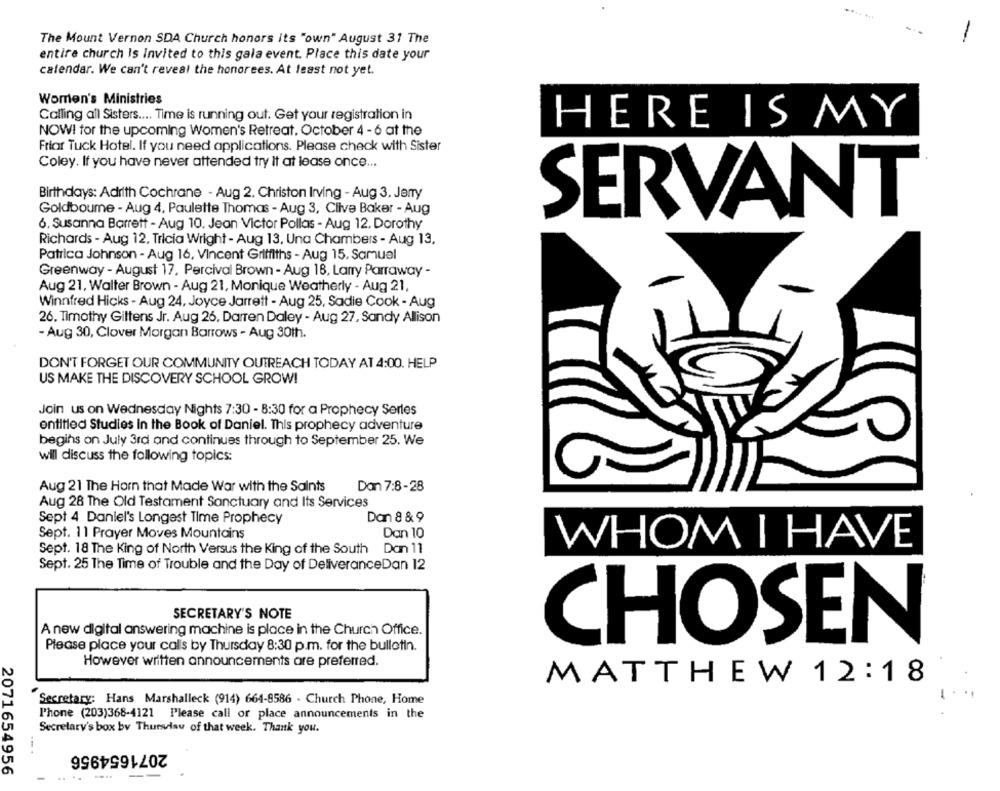
The Mount Vernon SDA Church honors its "own" August 31 The
entire church Is invited to this gala event. Place this date your
calendar. We can't reveal the honorees. At least not yet.
Women's Ministries
Calling all Sisters .... Time is running out. Get your registration in
HERE IS MY
NOWI for the upcoming Women's Retreat. October 4 - 6 at the
Friar Tuck Hotel. If you need applications. Please check with Sister
Coley. If you have never attended try It at lease once ...
Birthdays: Adrith Cochrane - Aug 2. Christon Irving - Aug 3. Jerry
Goldboume - Aug 4, Paulette Thomas - Aug 3, Clive Baker - Aug
SERVANT
6. Susanna Barrett - Aug 10. Jean Victor Pollas - Aug 12. Dorothy
Richards - Aug 12, Tricia Wright - Aug 13, Una Chambers - Aug 13,
Patrica Johnson - Aug 16, Vincent Griffiths - Aug 15. Samuel
Greenway - August 17, Percival Brown - Aug 18, Larry Parraway -
Aug 21, Walter Brown - Aug 21, Monique Weatherly - Aug 21,
Winnfred Hicks - Aug 24, Joyce Jarrett - Aug 25, Sadie Cook - Aug
26. Timothy Giltens Jr. Aug 26, Darren Daley - Aug 27, Sandy Allison
- Aug 30, Clover Morgan Barrows - Aug 30th.
DON'T FORGET OUR COMMUNITY OUTREACH TODAY AT 4:00. HELP
US MAKE THE DISCOVERY SCHOOL GROW!
Join us on Wednesday Nights 7:30 - 8:30 for a Prophecy Serles
entitled Studies in the Book of Daniel. This prophecy adventure
begins on July 3rd and continues through to September 25. We
will discuss the following topics:
Aug 21 The Horn that Made War with the Saints
Dan 7:8-28
Aug 28 The Old Testament Sanctuary and Its Services
Sept 4 Daniel's Longest Time Prophecy
Dan 8 & 9
Sept. 11 Prayer Moves Mountains
Dan 10
WHOM I HAVE
Sept. 18 The King of North Versus the King of the South Dan 11
Sept. 25 The Time of Trouble and the Day of DeliveranceDan 12
SECRETARY'S NOTE
A new digital answering machine is place in the Church Office.
CHOSEN
Please place your calls by Thursday 8:30 p.m. for the bulletin.
However written announcements are preferred.
MATTHEW 12:18
Secretary: Hans Marshalleck (914) 664-8586 - Church Phone, Home
l'hone (203)368-4121 Please call or place announcements in the
Secretary's box by Thursday of that week. Thank you.
--.
2071654956
2071654956